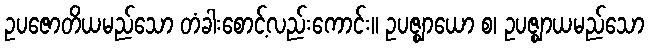
ဥပဇောတိယမည်သော တံခါးစောင့်လည်းကောင်း။ ဥပဇ္ဈာယော စ၊ ဥပဇ္ဈာယမည်သော